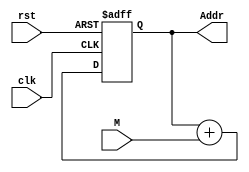
`timescale 1ns / 1ps

module Adder #(parameter N = 16)(
    input wire rst, clk,
    input wire [N - 1: 0] M,
    output reg [N - 1: 0] Addr
    );
    always @(posedge clk, negedge rst) begin
        if(!rst) Addr = 0;
        else Addr <= Addr + M;
    end
endmodule